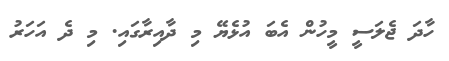
ހާދަ ޖެލަސީ މީހުން އެބަ އުޅެޔޭ މި ދާއިރާގައި. މި ދެ އަހަރު